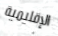
الإقليمية